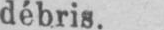
débris.